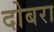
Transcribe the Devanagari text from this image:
दोबरा